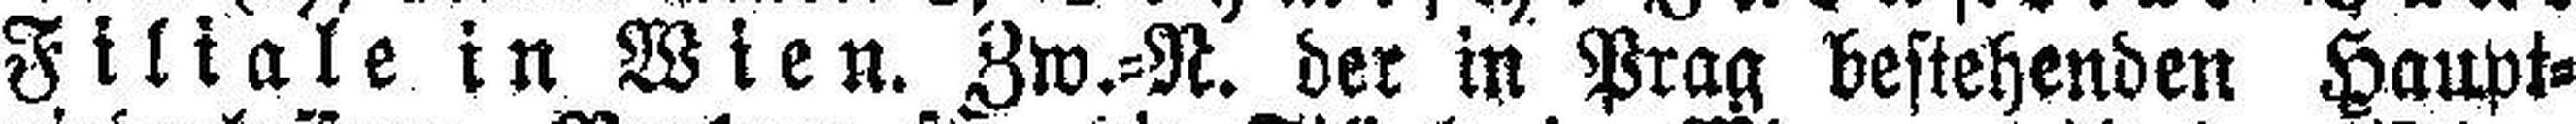
Filiale in Wien. Zw.=N. der in Prag bestehenden Haupt¬